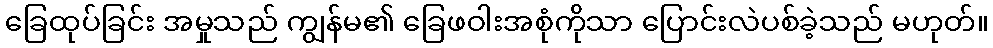
ခြေထုပ်ခြင်း အမှုသည် ကျွန်မ၏ ခြေဖဝါးအစုံကိုသာ ပြောင်းလဲပစ်ခဲ့သည် မဟုတ်။